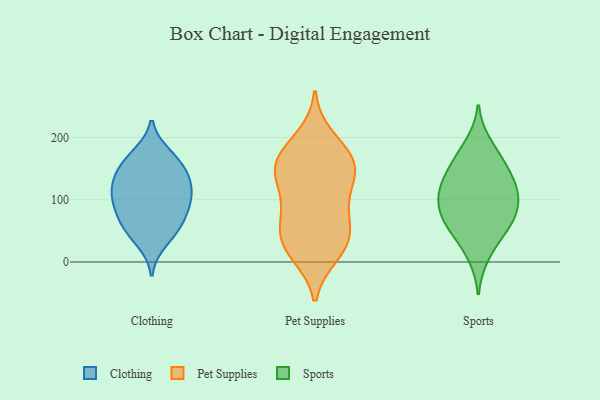
{"axis": {"x": "Page Views", "y": "Value"}, "legend": ["Clothing", "Pet Supplies", "Sports"], "data": [{"x": "", "y": 168, "type": "Clothing"}, {"x": "", "y": 150, "type": "Clothing"}, {"x": "", "y": 62, "type": "Clothing"}, {"x": "", "y": 107, "type": "Clothing"}, {"x": "", "y": 80, "type": "Clothing"}, {"x": "", "y": 94, "type": "Clothing"}, {"x": "", "y": 128, "type": "Clothing"}, {"x": "", "y": 62, "type": "Clothing"}, {"x": "", "y": 110, "type": "Clothing"}, {"x": "", "y": 50, "type": "Clothing"}, {"x": "", "y": 32, "type": "Clothing"}, {"x": "", "y": 173, "type": "Clothing"}, {"x": "", "y": 103, "type": "Clothing"}, {"x": "", "y": 147, "type": "Clothing"}, {"x": "", "y": 133, "type": "Clothing"}, {"x": "", "y": 101, "type": "Pet Supplies"}, {"x": "", "y": 49, "type": "Pet Supplies"}, {"x": "", "y": 26, "type": "Pet Supplies"}, {"x": "", "y": 14, "type": "Pet Supplies"}, {"x": "", "y": 143, "type": "Pet Supplies"}, {"x": "", "y": 12, "type": "Pet Supplies"}, {"x": "", "y": 73, "type": "Pet Supplies"}, {"x": "", "y": 158, "type": "Pet Supplies"}, {"x": "", "y": 36, "type": "Pet Supplies"}, {"x": "", "y": 118, "type": "Pet Supplies"}, {"x": "", "y": 79, "type": "Pet Supplies"}, {"x": "", "y": 200, "type": "Pet Supplies"}, {"x": "", "y": 181, "type": "Pet Supplies"}, {"x": "", "y": 173, "type": "Pet Supplies"}, {"x": "", "y": 150, "type": "Pet Supplies"}, {"x": "", "y": 155, "type": "Pet Supplies"}, {"x": "", "y": 49, "type": "Pet Supplies"}, {"x": "", "y": 139, "type": "Pet Supplies"}, {"x": "", "y": 64, "type": "Sports"}, {"x": "", "y": 97, "type": "Sports"}, {"x": "", "y": 60, "type": "Sports"}, {"x": "", "y": 160, "type": "Sports"}, {"x": "", "y": 115, "type": "Sports"}, {"x": "", "y": 139, "type": "Sports"}, {"x": "", "y": 78, "type": "Sports"}, {"x": "", "y": 70, "type": "Sports"}, {"x": "", "y": 130, "type": "Sports"}, {"x": "", "y": 110, "type": "Sports"}, {"x": "", "y": 108, "type": "Sports"}, {"x": "", "y": 190, "type": "Sports"}, {"x": "", "y": 10, "type": "Sports"}, {"x": "", "y": 40, "type": "Sports"}, {"x": "", "y": 165, "type": "Sports"}]}